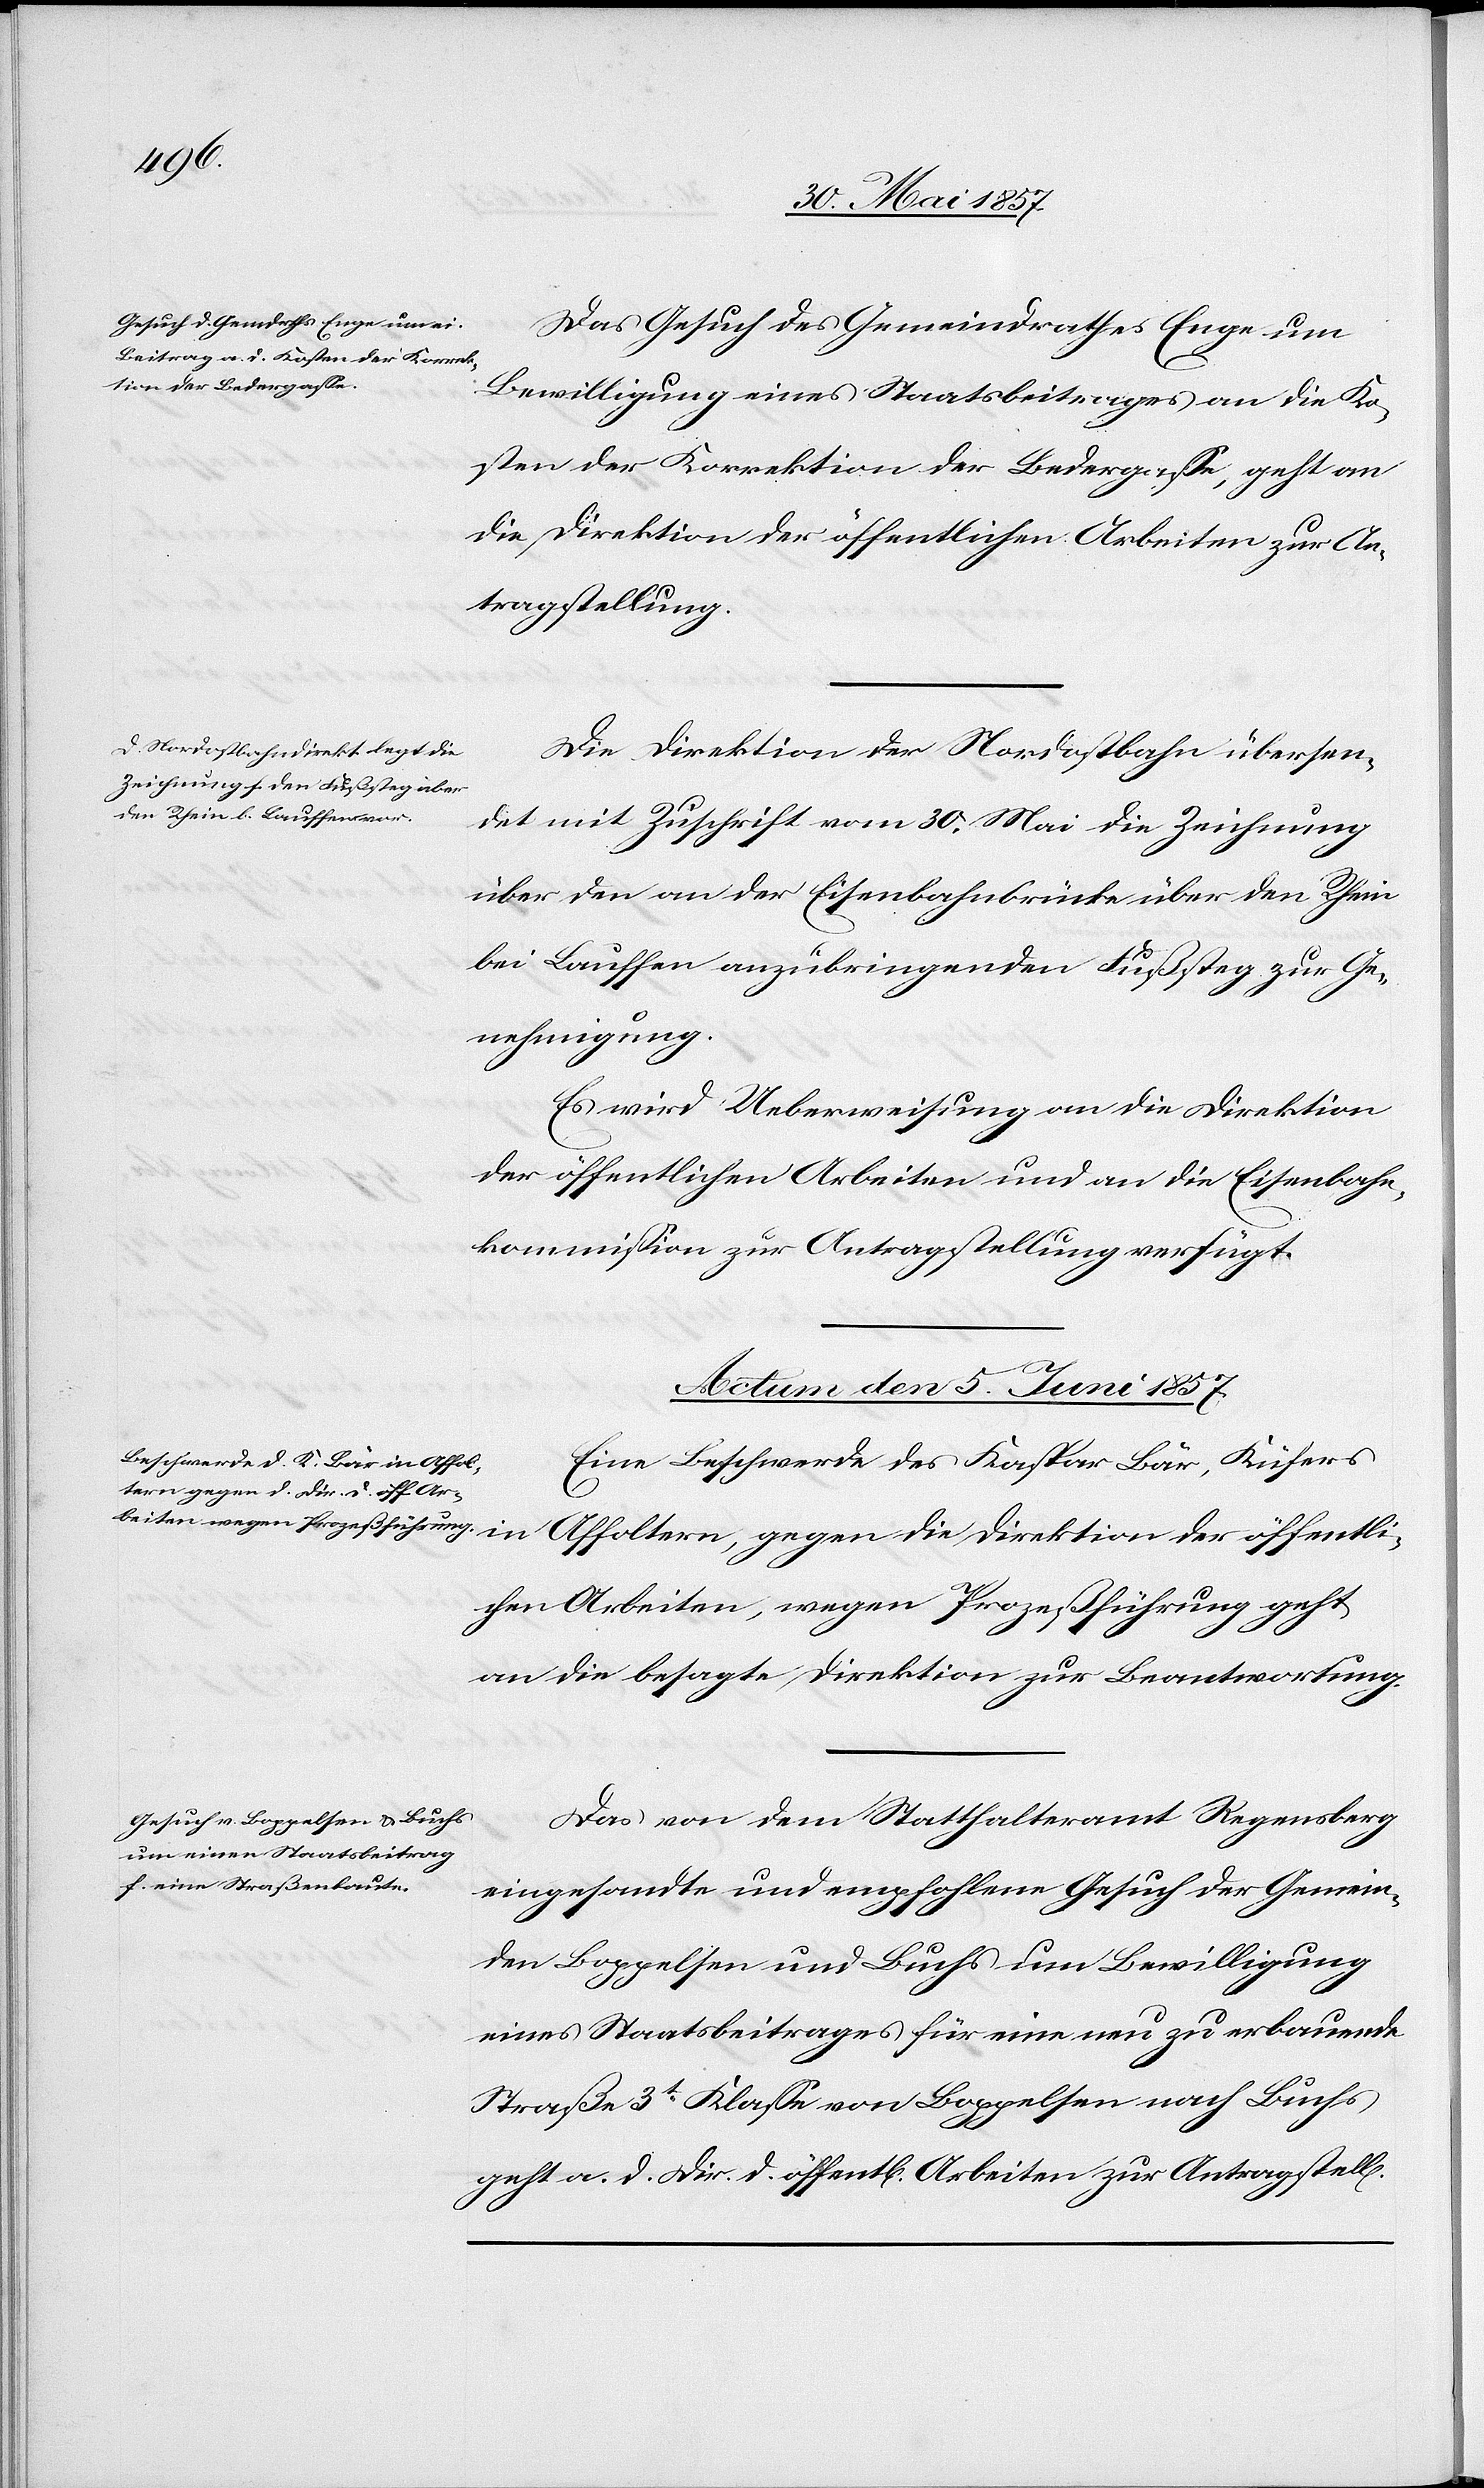
Das Gesuch des Gemeindrathes Enge um
Bewilligung eines Staatsbeitrages an die Ko¬
sten der Korrektion der Bedergasse, geht an
die Direktion der öffentlichen Arbeiten, wegen
tragstellung.
Die Direktion der Nordostbahn übersen¬
det mit Zuschrift vom 30 Mai die Zeichnung
über den an der Eisenbahnbrücke über den Rhein
bei Lauffen anzubringenden Fußsteg zur Ge¬
nehmigung.
Es wird Ueberweisung an die Direktion
der öffentlichen Arbeiten und an die Eisenbahn¬
kommission zur Antragstellung verfügt.
Actum den 5 Juni 1857.]
Eine Beschwerde des Kaspar Bär, Küfers
ng].
an die besagte Direktion zur Beantwortung.
Das von dem Statthalteramt Regensberg
eingesandte und empfohlene Gesuch der Gemein¬
den Boppelsen und Buchs um Bewilligung
eines Staatsbeitrages für eine neu zu erbauende
Straße 3t Klasse von Boppelsen nach Buchs
geht a. d. Dir. d. öffentl. Arbeiten zur Antragstell[u¬